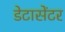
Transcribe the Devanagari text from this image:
डेटासेंटर